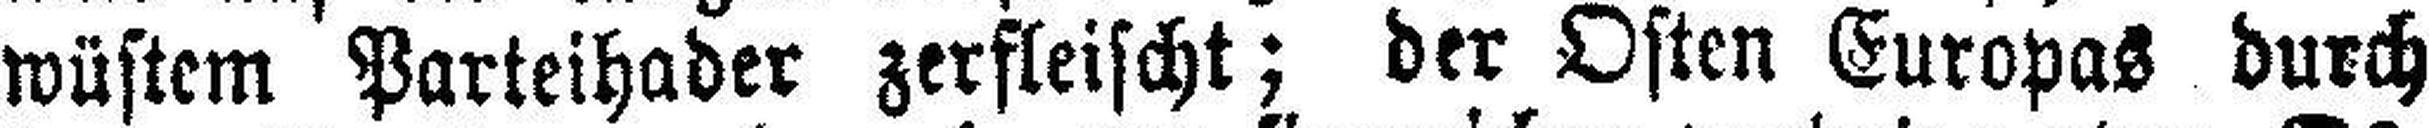
wüstem Parteihader zerfleischt; der Osten Europas durch